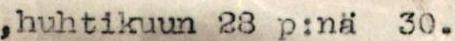
,huhtikuun 28 p:nä 30.